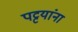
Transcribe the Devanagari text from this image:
पट्टयांना